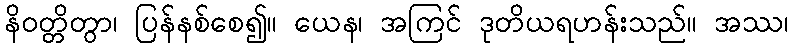
နိဝတ္တိတွာ၊ ပြန်နစ်စေ၍။ ယေန၊ အကြင် ဒုတိယရဟန်းသည်။ အဿ၊